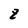
Character: z